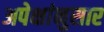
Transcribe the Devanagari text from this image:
अपेक्षांनुसार